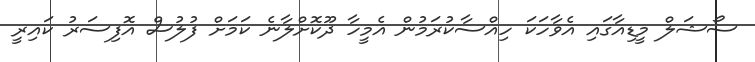
ސޯޝަލް މީޑިއާގައި އެވާހަކަ ހިއްސާކުރަމުން އެމީހާ ދޫކޮށްލާނެ ކަމަށް ފުލުސް އޮފިސަރު ކައިރީ